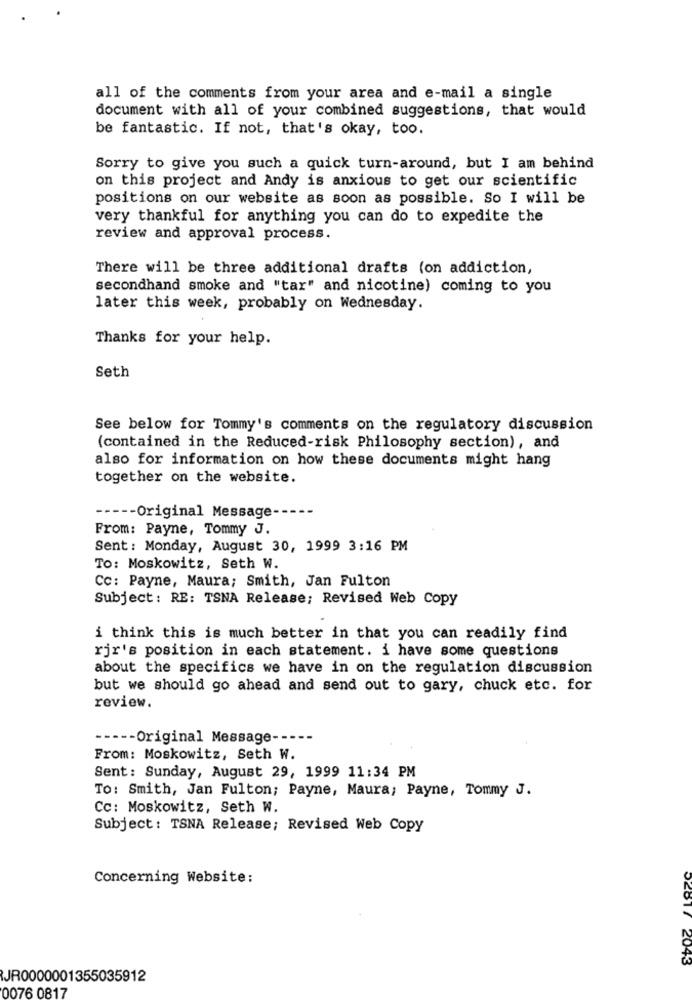
all of the comments from your area and e-mail a single
document with all of your combined suggestions, that would
be fantastic. If not, that's okay, too.
Sorry to give you such a quick turn-around, but I am behind
on this project and Andy is anxious to get our scientific
positions on our website as soon as possible. So I will be
very thankful for anything you can do to expedite the
review and approval process.
There will be three additional drafts (on addiction,
secondhand smoke and "tar" and nicotine) coming to you
later this week, probably on Wednesday.
Thanks for your help.
Seth
See below for Tommy's comments on the regulatory discussion
(contained in the Reduced-risk Philosophy section), and
also for information on how these documents might hang
together on the website.
----- Original Message -----
From: Payne, Tommy J.
Sent: Monday, August 30, 1999 3:16 PM
To: Moskowitz, Seth W.
Cc: Payne, Maura; Smith, Jan Fulton
Subject: RE: TSNA Release; Revised Web Copy
i think this is much better in that you can readily find
rjr's position in each statement. i have some questions
about the specifics we have in on the regulation discussion
but we should go ahead and send out to gary, chuck etc. for
review.
----- Original Message ---
From: Moskowitz, Seth W.
Sent: Sunday, August 29, 1999 11:34 PM
To: Smith, Jan Fulton; Payne, Maura; Payne, Tommy J.
Cc: Moskowitz, Seth W.
Subject: TSNA Release; Revised Web Copy
Concerning Website:
02817 2043
JR0000001355035912
0076 0817